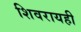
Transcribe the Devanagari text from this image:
शिवरायही